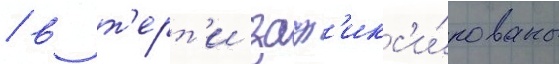
/ в т'ерт'и заф'икс'и́рованы